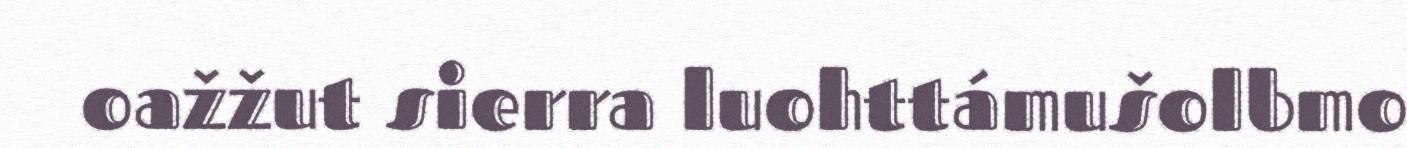
oažžut sierra luohttámušolbmo